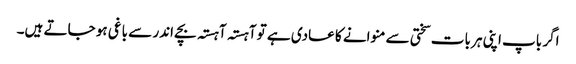
اگر باپ اپنی ہر بات سختی سے منوانے کا عادی ہے تو آہستہ آہستہ بچے اندر سے باغی ہو جاتے ہیں۔